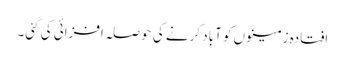
افتادہ زمینوں کو آباد کرنے کی حوصلہ افزائی کی گئی۔